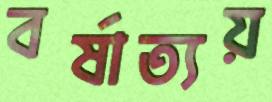
বর্ষাত্যয়